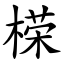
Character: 㮠